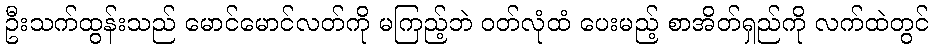
ဦးသက်ထွန်းသည် မောင်မောင်လတ်ကို မကြည့်ဘဲ ဝတ်လုံထံ ပေးမည့် စာအိတ်ရှည်ကို လက်ထဲတွင်